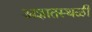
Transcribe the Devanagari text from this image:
अज्ञातस्थळी